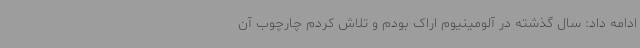
ادامه داد: سال گذشته در آلومینیوم اراک بودم و تلاش کردم چارچوب آن